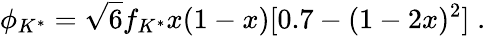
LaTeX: \phi_{K^{*}}=\sqrt{6}f_{K^{*}}x(1-x)[0.7-(1-2x)^{2}]\; .